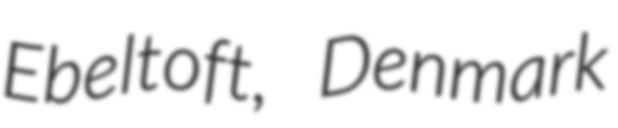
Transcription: Ebeltoft, Denmark